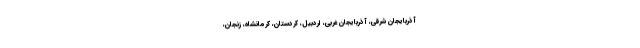
آذربایجان شرقی، آذربایجان غربی، اردبیل، کردستان، کرمانشاه، زنجان،